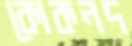
কোকনদ